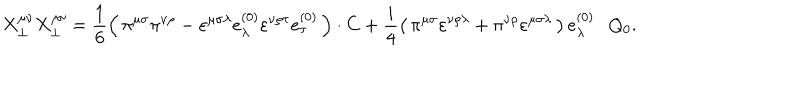
X _ { \bot } ^ { \mu \nu } X _ { \bot } ^ { \rho \sigma } = \frac { 1 } { 6 } \left( \, \pi ^ { \mu \sigma } \pi ^ { \nu \rho } - \varepsilon ^ { \mu \sigma \lambda } e _ { \lambda } ^ { ( 0 ) } \varepsilon ^ { \nu \rho \tau } e _ { \tau } ^ { ( 0 ) } \, \right) \cdot C + \frac { i } { 4 } \left( \, \pi ^ { \mu \sigma } \varepsilon ^ { \nu \rho \lambda } + \pi ^ { \nu \rho } \varepsilon ^ { \mu \sigma \lambda } \, \right) e _ { \lambda } ^ { ( 0 ) } \cdot Q _ { 0 } .